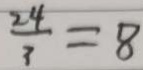
\frac { 2 4 } { 3 } = 8